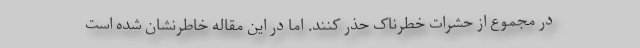
در مجموع از حشرات خطرناک حذر کنند. اما در این مقاله خاطرنشان شده است